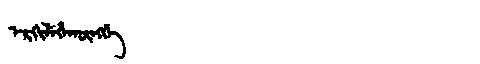
Manchu: ᡝᡵᡴᡳᠯᡝᡥᠠᡴᡡᠩᡤᡝ
Romanization: ERKILEHAKŪNGGE